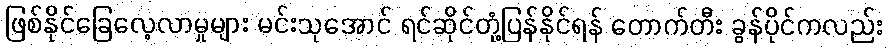
ဖြစ်နိုင်ခြေလေ့လာမှုများ မင်းသုအောင် ရင်ဆိုင်တုံ့ပြန်နိုင်ရန် တောက်တီး ခွန်ပိုင်ကလည်း